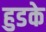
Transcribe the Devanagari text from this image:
हुडके